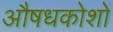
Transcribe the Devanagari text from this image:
औषधकोशों